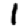
Digit: 1